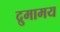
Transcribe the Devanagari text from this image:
द्रुमामय